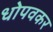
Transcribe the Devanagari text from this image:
धोपवकर